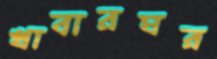
খাবারঘর